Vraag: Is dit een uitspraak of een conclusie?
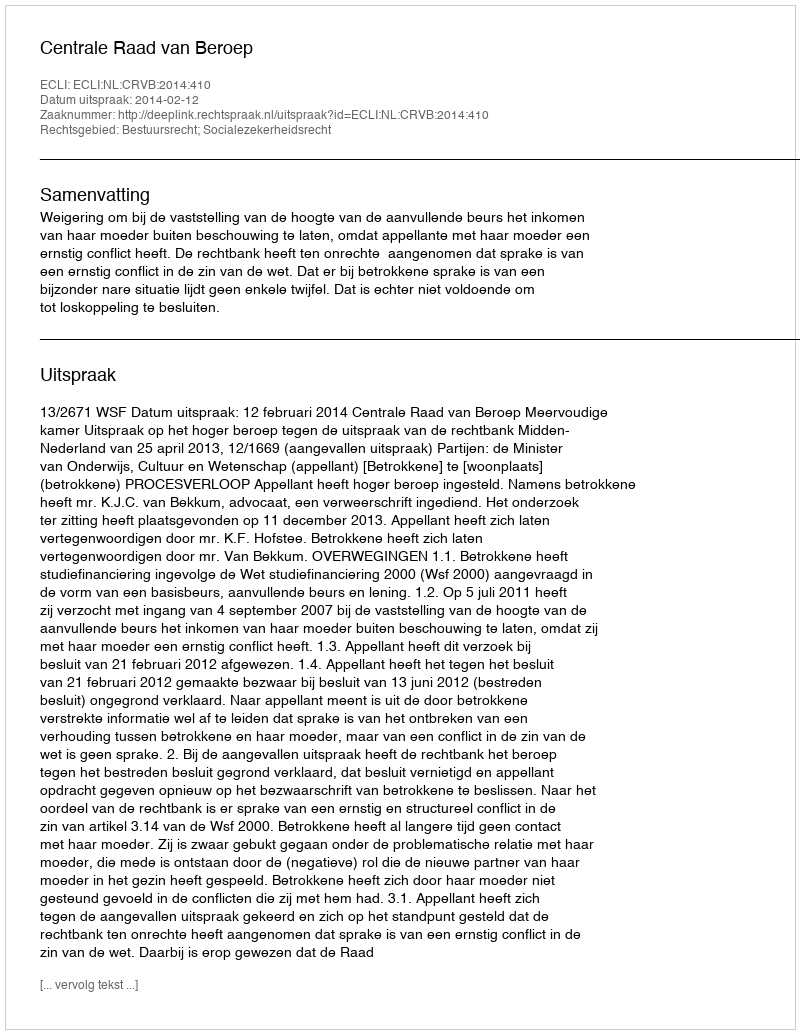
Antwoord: Uitspraak